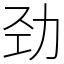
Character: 劲